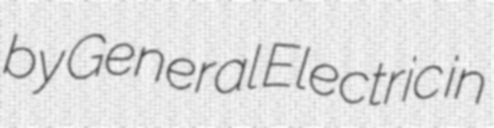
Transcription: by General Electric in